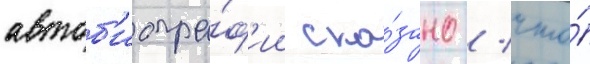
автоб'иогра́ф'ии ска́зано / что́